Annual vaccination report of Bihar and Orissa - 1911-1928
Year: 1911
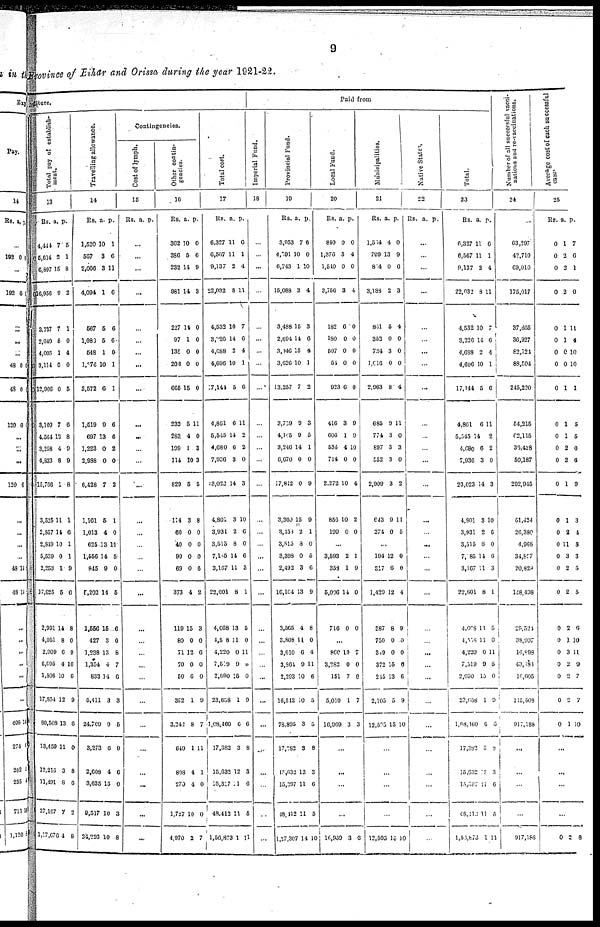
9
Province of Bihar and Orissa during the year 1921-22.
diture.
Total pay of establish-
ment.
13
Rs.
4,444
5,614
6,897
16,956
3,737
2,049
4,005
3,114
12,906
3,109
4,564
3,258
4,833
15,766
3,525
2,857
2,849
5,539
2,253
17,025
2,991
4,051
2,909
6,695
1,806
17,854
80,508
13,459
12,216
11,491
37,167
1,17,676
a.
7
2
15
9
7
8
1
0
0
7
12
4
8
1
11
14
10
0
1
5
14
8
6
4
10
12
13
11
3
8
7
4
p.
5
1
8
2
1
0
4
0
5
6
8
9
9
8
1
6
1
1
9
6
8
0
9
10
6
9
6
0
8
6
2
8
Travelling allowance.
14
Rs.
1,520
567
2,006
4,094
567
1,080
548
1,876
3,572
1,519
697
1,223
2,988
6,428
1,161
1,013
625
1,556
845
5,203
1,556
427
1,238
1,354
833
5,411
24,709
3,273
2,608
3,635
9,517
34,226
a.
10
3
3
1
5
5
1
10
6
9
13
0
0
7
5
4
13
14
9
14
15
3
13
4
14
3
0
6
4
15
10
10
p.
1
6
11
6
6
6
0
1
1
6
6
2
0
2
1
0
11
5
0
5
6
0
8
7
6
3
5
9
6
0
3
8
Contingencies.
Cost of lymph.
15
Rs. a. p.
...
...
...
...
...
...
...
...
...
...
...
...
...
...
...
...
...
...
...
...
...
...
...
...
...
...
...
...
...
...
...
...
Other contin-
gencies.
16
Rs.
362
386
232
981
227
97
135
206
665
232
283
199
114
829
114
60
40
90
69
373
119
80
71
70
50
302
3,242
649
808
270
1,727
4,970
a.
10
5
14
14
14
1
0
0
15
5
4
1
10
5
3
0
0
0
0
4
15
0
12
0
6
1
8
1
4
4
10
2
p.
0
6
9
3
0
0
0
0
0
11
0
3
3
5
8
0
0
0
6
2
3
0
6
0
0
9
7
11
1
0
0
7
Total cost.
17
Rs.
6,327
6,567
9,137
22,032
4,532
3,226
4,088
4,696
17,144
4,861
5,545
4,680
7,936
23,022
4,801
3,931
3,515
7,145
3,167
22,601
4,668
4,508
4,220
7,519
2,690
23,658
1,08,460
17,382
15,632
15,397
48,412
1,56,873
a.
11
11
2
8
10
14
2
10
5
6
14
6
3
14
3
2
8
14
11
8
13
11
0
9
15
1
6
3
12
11
11
1
p.
6
1
4
11
7
6
4
1
6
11
2
2
0
3
10
6
0
6
3
1
5
0
11
0
0
9
6
8
3
6
5
11
Paid from
Imperial Fund.
18
...
...
...
...
...
...
...
...
...
...
...
...
...
...
...
...
...
...
...
...
...
...
...
...
...
...
...
...
...
...
...
...
Provincial Fund.
19
Rs.
3,953
4,091
6,743
15,088
3,488
2,694
3,446
3,626
13,257
3,759
4,165
3,240
6,670
17,842
3,300
3,150
8,515
3,398
2,492
16,104
3,565
3,808
3,010
3,864
2,293
16,512
78,895
17,282
15,632
15,397
48,412
1,27,307
a.
7
10
1
3
15
14
15
10
7
9
9
14
0
0
15
2
8
0
3
13
4
11
6
9
10
10
3
3
12
11
11
14
p.
6
0
10
4
3
6
4
1
2
3
5
1
0
9
9
1
0
5
6
9
8
0
4
11
6
5
5
8
3
6
5
10
Local Fund.
20
Rs.
840
1,376
1,540
3,756
182
180
507
54
923
416
606
536
714
2,272
856
199
a.
0
3
0
3
6
0
0
0
6
3
1
4
0
10
10
0
p.
0
4
0
4
0
0
0
0
0
9
9
10
0
4
2
0
...
3,593
353
5,006
716
2
1
14
0
1
9
0
0
...
860
3,282
151
5,010
16,969
10
0
7
1
3
7
0
0
7
3
...
...
...
...
16,939 3 3
Municipalities.
21
Rs.
1,504
799
874
3,188
801
352
734
1,016
2,963
685
774
897
552
2,909
643
274
a.
4
13
0
2
5
0
3
0
8
9
3
3
3
3
9
0
p.
0
9
0
3
4
0
0
0
4
11
0
3
0
2
11
5
...
194
317
1,429
387
750
309
372
215
2,105
12,525
12
6
12
8
0
0
15
13
5
15
0
0
4
9
0
0
6
6
9
10
...
...
...
...
12,595 15 10
Native States
22
Rs. a. p.
...
...
...
...
...
...
...
...
...
...
...
...
...
...
...
...
...
...
...
...
...
...
...
...
...
...
...
...
...
...
...
...
Total.
23
Rs.
6,327
6,567
9,137
22,032
4,532
3,226
4,688
4,696
17,144
4,861
5,545
4,680
7,936
23,023
4,801
3,931
3,515
7,085
3,167
22,601
4,668
4,508
4,220
7,519
2,690
23,658
1,08,160
17,382
15,632
15,397
48,112
1,55,873
a.
11
11
2
8
10
11
2
10
5
6
14
6
3
14
3
2
8
11
11
8
13
11
0
9
15
1
6
3
12
11
11
1
p.
6
1
4
11
7
6
4
1
6
11
2
2
0
3
10
6
0
6
3
1
5
0
11
5
0
9
6
6
3
6
5
11
Number of all successful vacci-
nations and re-vaccinations.
24
63,297
42,710
69,010
175,017
37,665
36,927
82 124
88,504
245,220
54,215
62,115
36,428
50,187
202,945
61,424
26,380
4,968
34,897
20,829
148,498
29,521
38,907
16,898
43,181
16,605
115,508
917,188
...
...
...
...
917,188
Average cost of each successful
case.
25
Rs.
0
0
0
0
0
0
0
0
0
0
0
0
0
0
0
0
0
0
0
0
0
0
0
0
0
0
0
a.
1
2
2
2
1
1
0
0
1
1
1
2
2
1
1
2
11
3
2
2
2
1
3
2
2
2
1
p.
7
6
1
0
11
4
10
10
1
5
5
0
6
9
3
4
3
3
5
5
6
10
11
9
7
7
10
...
...
...
...
0 2 8